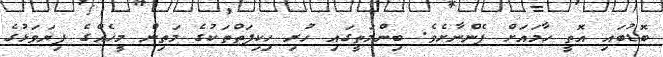
ބޮޑުބައި އޮތީ ހާމައަށް ފެންނާށެވެ. ބިންމަތީގައި ހުރި ހިކިފަތްތަކުގެ މަތިން މީހެއްގެ ފިޔަވަޅުގެ